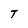
Character: T